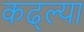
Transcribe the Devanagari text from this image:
कढ्ल्या